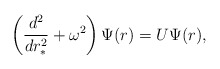
\begin{align*}\left(\frac{d^{2}}{dr_{\ast}^{2}} + \omega^{2}\right) \Psi(r) = U\Psi(r),\end{align*}